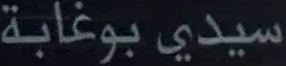
سيدي-بوعابة